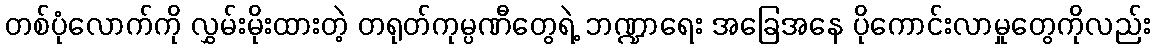
တစ်ပုံလောက်ကို လွှမ်းမိုးထားတဲ့ တရုတ်ကုမ္ပဏီတွေရဲ့ ဘဏ္ဍာရေး အခြေအနေ ပိုကောင်းလာမှုတွေကိုလည်း